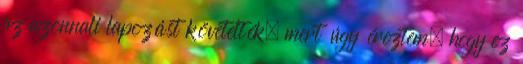
az azonnali lapozást követelték, mert úgy éreztem, hogy ez